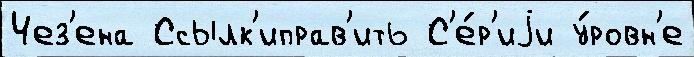
Чез'ена Ссылк'иправ'ить С'е́р'иjи у́ровн'е